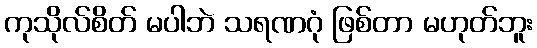
ကုသိုလ်စိတ် မပါဘဲ သရဏဂုံ ဖြစ်တာ မဟုတ်ဘူး